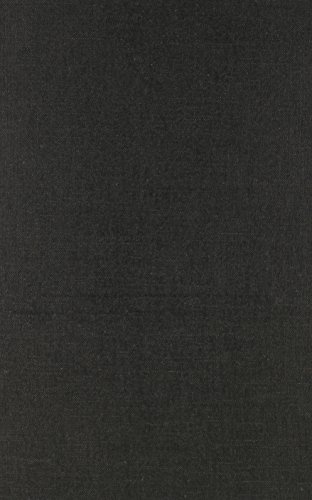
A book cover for Saving the Gray Whale: People, Politics, and Conservation in Baja California (Society, Environment, and Place); Serge Dedina; Sports & Outdoors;